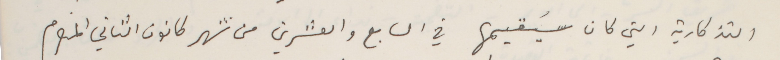
التذكارية التي كان سَيقيمها في السابع والعشرين من شهر كانون الثاني المنصرم